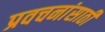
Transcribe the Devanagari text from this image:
प्रवचनांसाठी